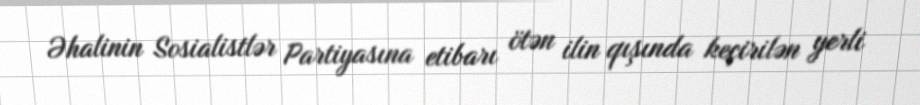
Əhalinin Sosialistlər Partiyasına etibarı ötən ilin qışında keçirilən yerli